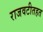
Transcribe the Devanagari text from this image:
राजवटीतहत